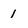
Character: 1